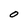
Character: O